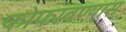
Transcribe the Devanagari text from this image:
फोफावण्यास